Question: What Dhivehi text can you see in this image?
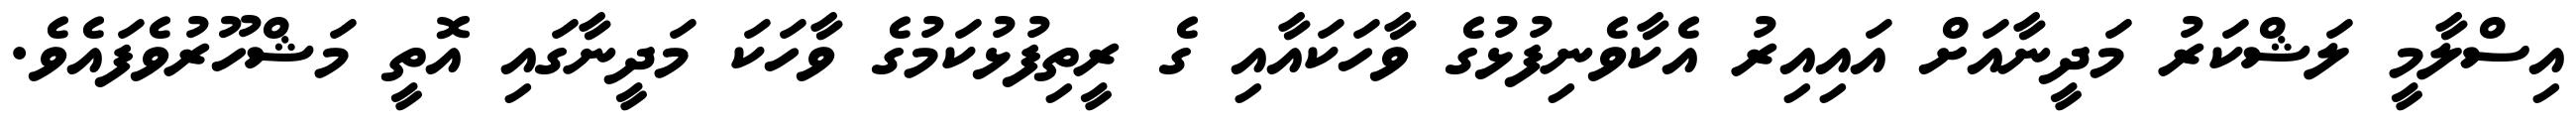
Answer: އިސްލާމީ ލަޝްކަރު މަދީނާއަށް އައިއިރު އެކާވެނިފުޅުގެ ވާހަކައާއި ގެ ރީތިފުޅުކަމުގެ ވާހަކަ މަދީނާގައި އޮތީ މަޝްހޫރުވެފައެވެ.